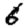
Digit: 6